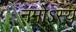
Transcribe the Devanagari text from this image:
नमोऽस्य